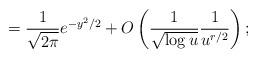
LaTeX: \begin{align*}=\frac{1}{\sqrt{2 \pi}}e^{-y^2/2} +O\left( \frac{1}{\sqrt{\log u}}\frac{1}{u^{r/2}}\right);\end{align*}